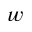
w